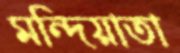
মন্দিয়াতা